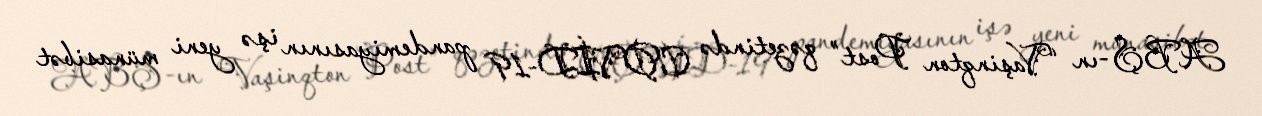
ABŞ-ın “Vaşinqton Post” qəzetində COVİD-19 pandemiyasının işə yeni münasibət